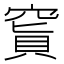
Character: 𥧅